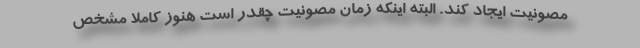
مصونیت ایجاد کند. البته اینکه زمان مصونیت چقدر است هنوز کاملا مشخص